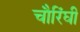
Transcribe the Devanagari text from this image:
चौरिंघी